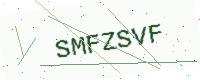
Text: SMFZSVF